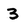
Character: 3